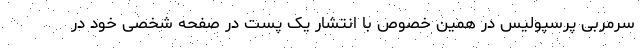
سرمربی پرسپولیس در همین خصوص با انتشار یک پست در صفحه شخصی خود در